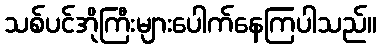
သစ်ပင်အိုကြီးများပေါက်နေကြပါသည်။